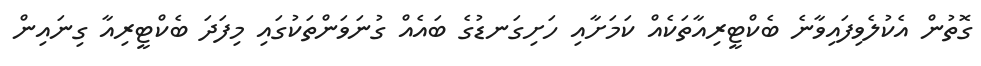
ގޮތުން އެކުލެވިފައިވާނެ ބެކްޓީރިއާތަކެއް ކަމަށާއި ހަށިގަނޑުުގެ ބައެއް ގުނަަވަންތަކުގައި މިފަދަ ބެކްޓީރިއާ ގިނައިން